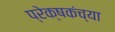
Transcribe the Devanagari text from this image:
प्रेक्षकंच्या